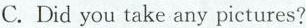
C.Did you take any pictures?